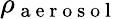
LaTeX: \rho_{\mathrm{~a~e~r~o~s~o~l~}}